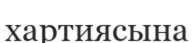
хартиясына